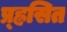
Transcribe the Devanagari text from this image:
प्र्ह्रसित